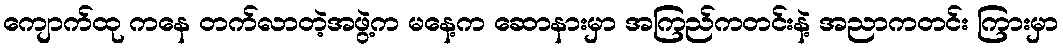
ကျောက်ထု ကနေ တက်လာတဲ့အဖွဲ့က မနေ့က ဆောနားမှာ အကြည်ကတင်းနဲ့ အညာကတင်း ကြားမှာ